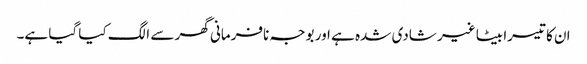
ان کا تیسرا بیٹا غیر شادی شدہ ہے اور بوجہ نافرمانی گھر سے الگ کیا گیا ہے۔